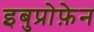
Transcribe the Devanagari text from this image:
इबुप्रोफ़ेन